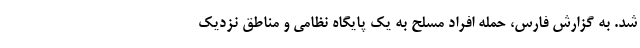
شد. به گزارش فارس، حمله افراد مسلح به یک پایگاه نظامی و مناطق نزدیک